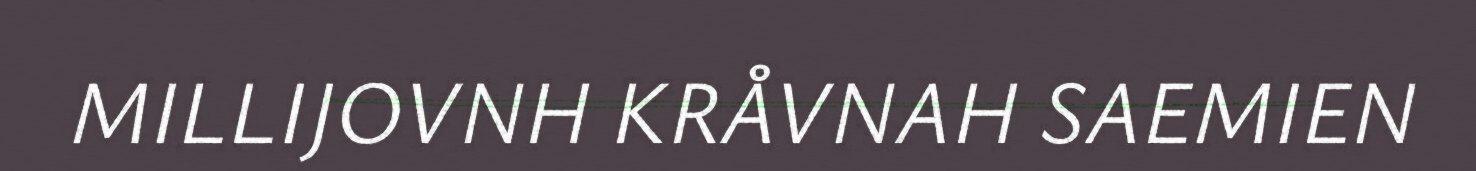
MILLIJOVNH KRÅVNAH SAEMIEN